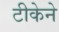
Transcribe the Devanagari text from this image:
टीकेने